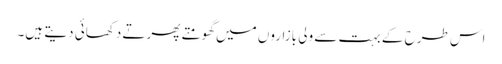
اس طرح کے بہت سے ولی بازاروں میں گھومتے پھرتے دکھائی دیتے ہیں۔